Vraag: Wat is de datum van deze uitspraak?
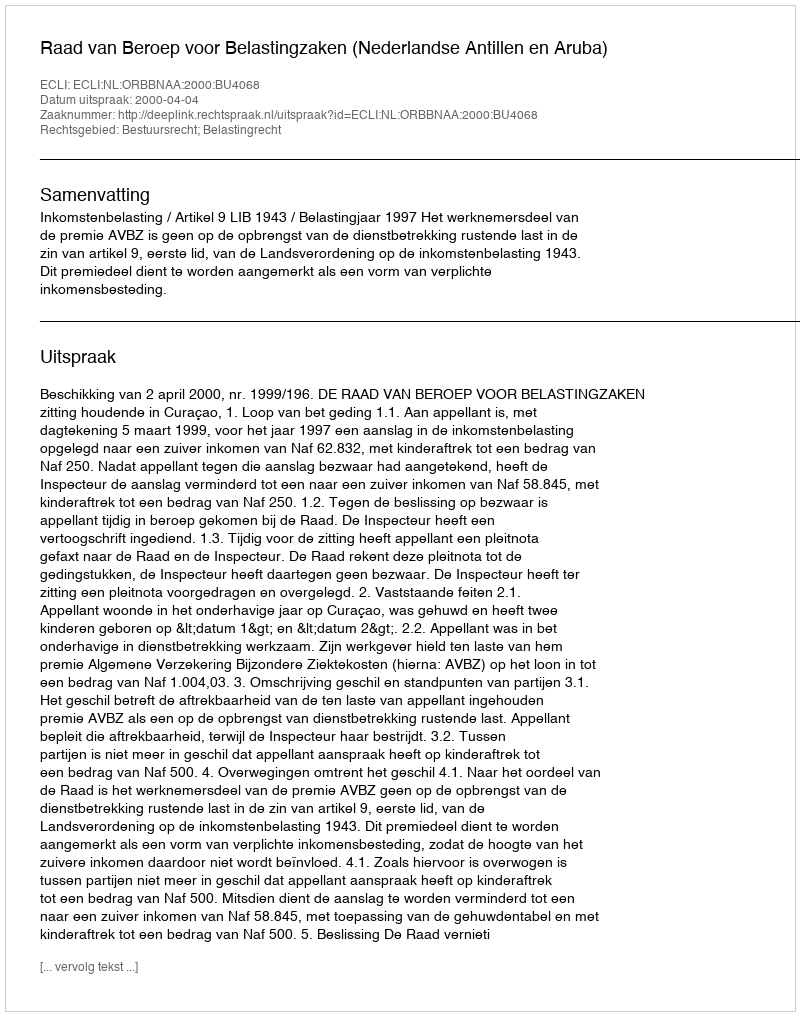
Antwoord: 2000-04-04